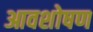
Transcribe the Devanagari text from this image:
आवशोषण